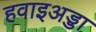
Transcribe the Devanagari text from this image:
हवाइअड्डा